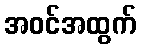
အဝင်အထွက်